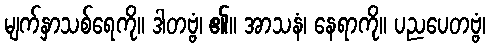
မျက်နှာသစ်ရေကို။ ဒါတဗ္ဗံ၊ ၏။ အာသနံ၊ နေရာကို။ ပညပေတဗ္ဗံ၊